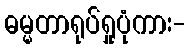
ဓမ္မတာရုပ်ရှုပုံကား-